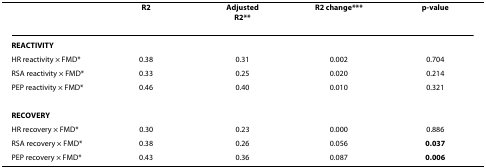
<table><thead><tr><td></td><td><b><i>R</i><sup>2</sup></b></td><td><b><i>Adjusted</i><i>R</i><sup>2</sup>**</b></td><td><b><i>R</i><sup>2 </sup><i>change</i>***</b></td><td><b><i>p-value</i></b></td></tr></thead><tbody><tr><td><b>REACTIVITY</b></td><td></td><td></td><td></td><td></td></tr><tr><td>HR reactivity × FMD*</td><td>0.38</td><td>0.31</td><td>0.002</td><td>0.704</td></tr><tr><td>RSA reactivity × FMD*</td><td>0.33</td><td>0.25</td><td>0.020</td><td>0.214</td></tr><tr><td>PEP reactivity × FMD*</td><td>0.46</td><td>0.40</td><td>0.010</td><td>0.321</td></tr><tr><td><b>RECOVERY</b></td><td></td><td></td><td></td><td></td></tr><tr><td>HR recovery × FMD*</td><td>0.30</td><td>0.23</td><td>0.000</td><td>0.886</td></tr><tr><td>RSA recovery × FMD*</td><td>0.38</td><td>0.26</td><td>0.056</td><td><b><i>0.037</i></b></td></tr><tr><td>PEP recovery × FMD*</td><td>0.43</td><td>0.36</td><td>0.087</td><td><b><i>0.006</i></b></td></tr></tbody></table>